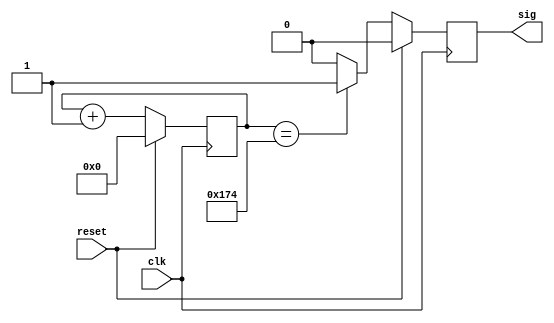
module b9600rx(clk, reset, sig);
	input clk,reset;
	output sig;
	`define m50rl 11'd372
	reg [11:0] cnt;
	wire [11:0] cntp1;
	reg sigr;
	assign cntp1 = cnt +1;
	
	always @(posedge clk)
	begin
		if (reset)
		begin
			cnt <= 0;
			sigr <= 0;
		end
		else
		begin
			cnt <= cntp1;
			if(cnt == `m50rl)
				sigr <= 1;
			else
				sigr <= 0;
		end
	end
	
	assign sig = sigr;
endmodule